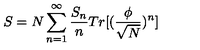
S = N \sum _ { n = 1 } ^ { \infty } \frac { S _ { n } } { n } T r [ ( \frac { \phi } { \sqrt N } ) ^ { n } ]